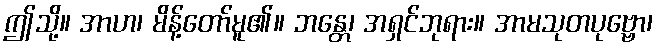
ဤသို့။ အာဟ၊ မိန့်တော်မူ၏။ ဘန္တေ၊ အရှင်ဘုရား။ အာမသုတပုဗ္ဗော၊